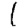
Digit: 1